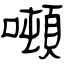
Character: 噸